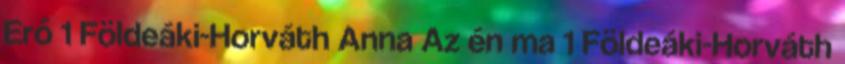
Erő 1 Földeáki-Horváth Anna Az én ma 1 Földeáki-Horváth